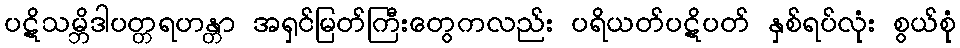
ပဋိသမ္ဘိဒါပတ္တရဟန္တာ အရှင်မြတ်ကြီးတွေကလည်း ပရိယတ်ပဋိပတ် နှစ်ရပ်လုံး စွယ်စုံ